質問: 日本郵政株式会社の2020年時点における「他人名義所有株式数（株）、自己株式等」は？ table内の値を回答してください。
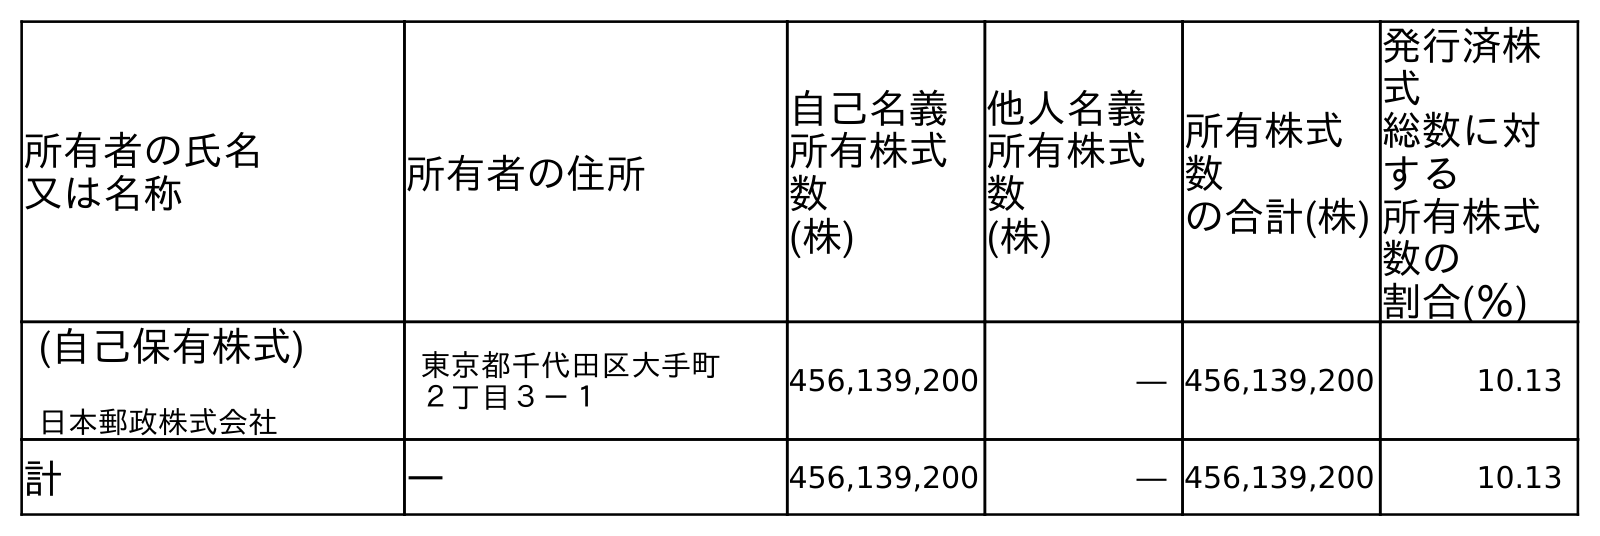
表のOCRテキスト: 所有者の氏名 又は名称 所有者の住所 自己名義 所有株式 数 (株) 他人名義 所有株式 数 (株) 所有株式 数 の合計(株) 発行済株 式 総数に対 する 所有株式 数の 割合(％) (自己保有株式) 日本郵政株式会社 東京都千代田区大手町 ２丁目３－１ 456,139,200 ― 456,139,200 10.13 計 ― 456,139,200 ― 456,139,200 10.13
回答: ―